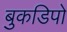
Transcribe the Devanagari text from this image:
बुकडिपो